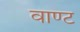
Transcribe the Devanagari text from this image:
वाण्ट